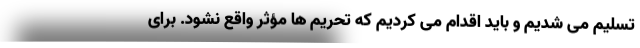
تسلیم می شدیم و باید اقدام می کردیم که تحریم ها مؤثر واقع نشود. برای